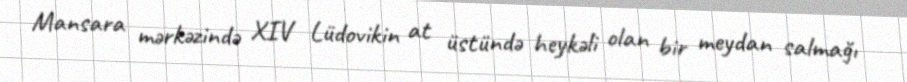
Mansara mərkəzində XIV Lüdovikin at üstündə heykəli olan bir meydan salmağı